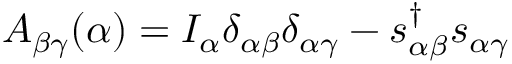
A _ { \beta \gamma } ( \alpha ) = I _ { \alpha } \delta _ { \alpha \beta } \delta _ { \alpha \gamma } - s _ { \alpha \beta } ^ { \dagger } s _ { \alpha \gamma }